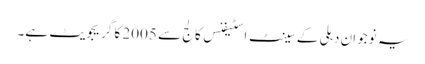
یہ نوجوان دہلی کے سینٹ اسٹیفنس کالج سے 2005 کا گریجویٹ ہے۔